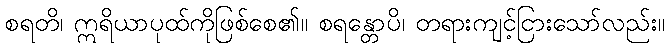
စရတိ၊ ဣရိယာပုထ်ကိုဖြစ်စေ၏။ စရန္တောပိ၊ တရားကျင့်ငြားသော်လည်း။